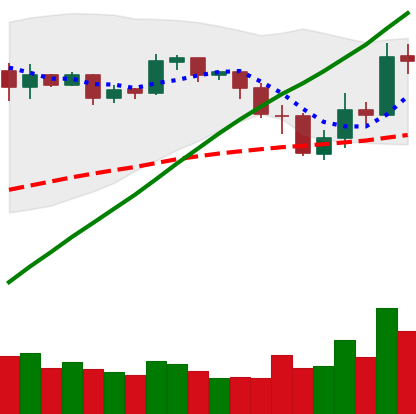
Ticker: BNB-USD
Chart end date: 2019-05-14
Forward return: 24.491%
Label: up_7plus